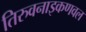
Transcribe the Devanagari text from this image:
तिरुवनाइकणवल